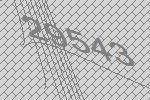
29543